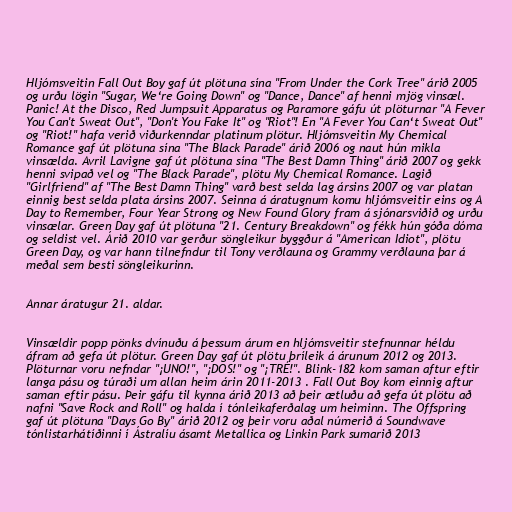
Hljómsveitin Fall Out Boy gaf út plötuna sína "From Under the Cork Tree" árið 2005
og urðu lögin "Sugar, We‘re Going Down" og "Dance, Dance" af henni mjög vinsæl.
Panic! At the Disco, Red Jumpsuit Apparatus og Paramore gáfu út plöturnar "A Fever
You Can't Sweat Out", "Don't You Fake It" og "Riot"! En "A Fever You Can‘t Sweat Out"
og "Riot!" hafa verið viðurkenndar platinum plötur. Hljómsveitin My Chemical
Romance gaf út plötuna sína "The Black Parade" árið 2006 og naut hún mikla
vinsælda. Avril Lavigne gaf út plötuna sína "The Best Damn Thing" árið 2007 og gekk
henni svipað vel og "The Black Parade", plötu My Chemical Romance. Lagið
"Girlfriend" af "The Best Damn Thing" varð best selda lag ársins 2007 og var platan
einnig best selda plata ársins 2007. Seinna á áratugnum komu hljómsveitir eins og A
Day to Remember, Four Year Strong og New Found Glory fram á sjónarsviðið og urðu
vinsælar. Green Day gaf út plötuna "21. Century Breakdown" og fékk hún góða dóma
og seldist vel. Árið 2010 var gerður söngleikur byggður á "American Idiot", plötu
Green Day, og var hann tilnefndur til Tony verðlauna og Grammy verðlauna þar á
meðal sem besti söngleikurinn.

Annar áratugur 21. aldar.

Vinsældir popp pönks dvínuðu á þessum árum en hljómsveitir stefnunnar héldu
áfram að gefa út plötur. Green Day gaf út plötu þríleik á árunum 2012 og 2013.
Plöturnar voru nefndar "¡UNO!", "¡DOS!" og "¡TRÉ!". Blink-182 kom saman aftur eftir
langa pásu og túraði um allan heim árin 2011-2013 . Fall Out Boy kom einnig aftur
saman eftir pásu. Þeir gáfu til kynna árið 2013 að þeir ætluðu að gefa út plötu að
nafni "Save Rock and Roll" og halda í tónleikaferðalag um heiminn. The Offspring
gaf út plötuna "Days Go By" árið 2012 og þeir voru aðal númerið á Soundwave
tónlistarhátíðinni í Ástralíu ásamt Metallica og Linkin Park sumarið 2013